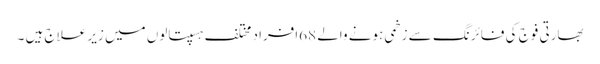
بھارتی فوج کی فائرنگ سے زخمی ہونے والے 68افراد مختلف ہسپتالوں میں زیر علاج ہیں ۔